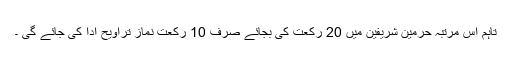
تاہم اس مرتبہ حرمین شریفین میں 20 رکعت کی بجائے صرف 10 رکعت نماز تراویح ادا کی جائے گی ۔